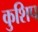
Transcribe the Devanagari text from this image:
कुशिप